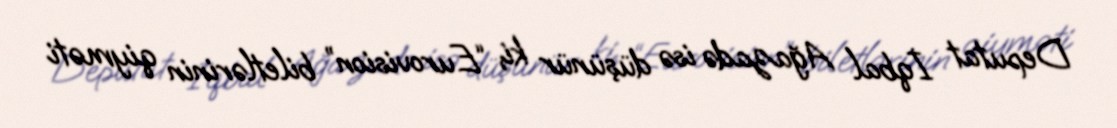
Deputat İqbal Ağazadə isə düşünür ki, “Eurovision” biletlərinin qiyməti